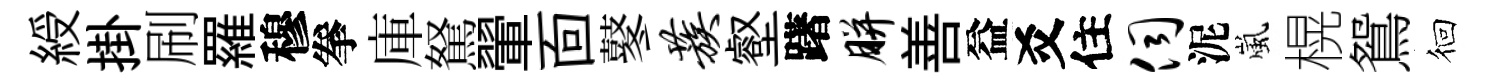
綬掛刷羅穆拳庫駑翬靣鼕蔟壑躇胼善益爻住伺泥嵐榥鴛徊